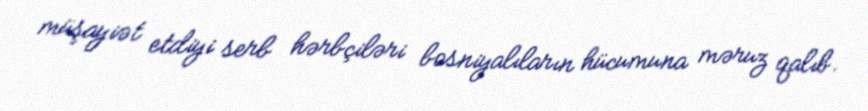
müşayiət etdiyi serb hərbçiləri bosniyalıların hücumuna məruz qalıb.